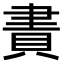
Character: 𧶁